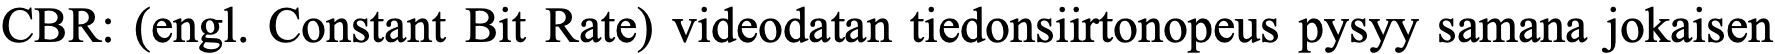
CBR: (engl. Constant Bit Rate) videodatan tiedonsiirtonopeus pysyy samana jokaisen